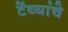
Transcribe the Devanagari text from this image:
टेंब्यांचे